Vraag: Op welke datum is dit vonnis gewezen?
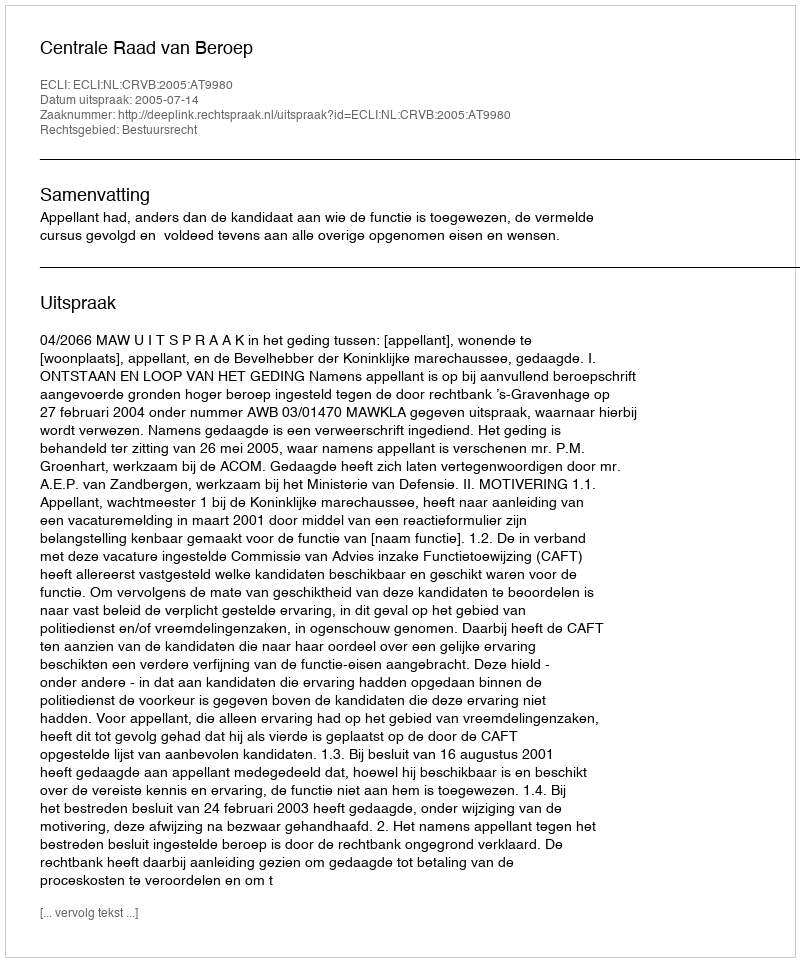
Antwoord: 2005-07-14